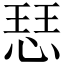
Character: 𢜈